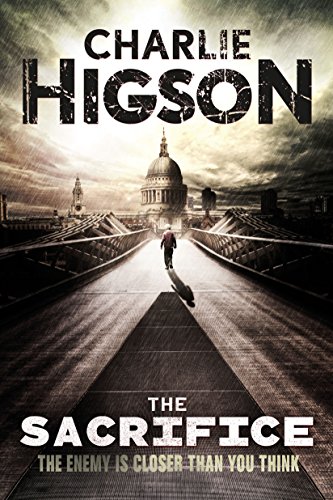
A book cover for The Sacrifice (An Enemy Novel); Charlie Higson; Teen & Young Adult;